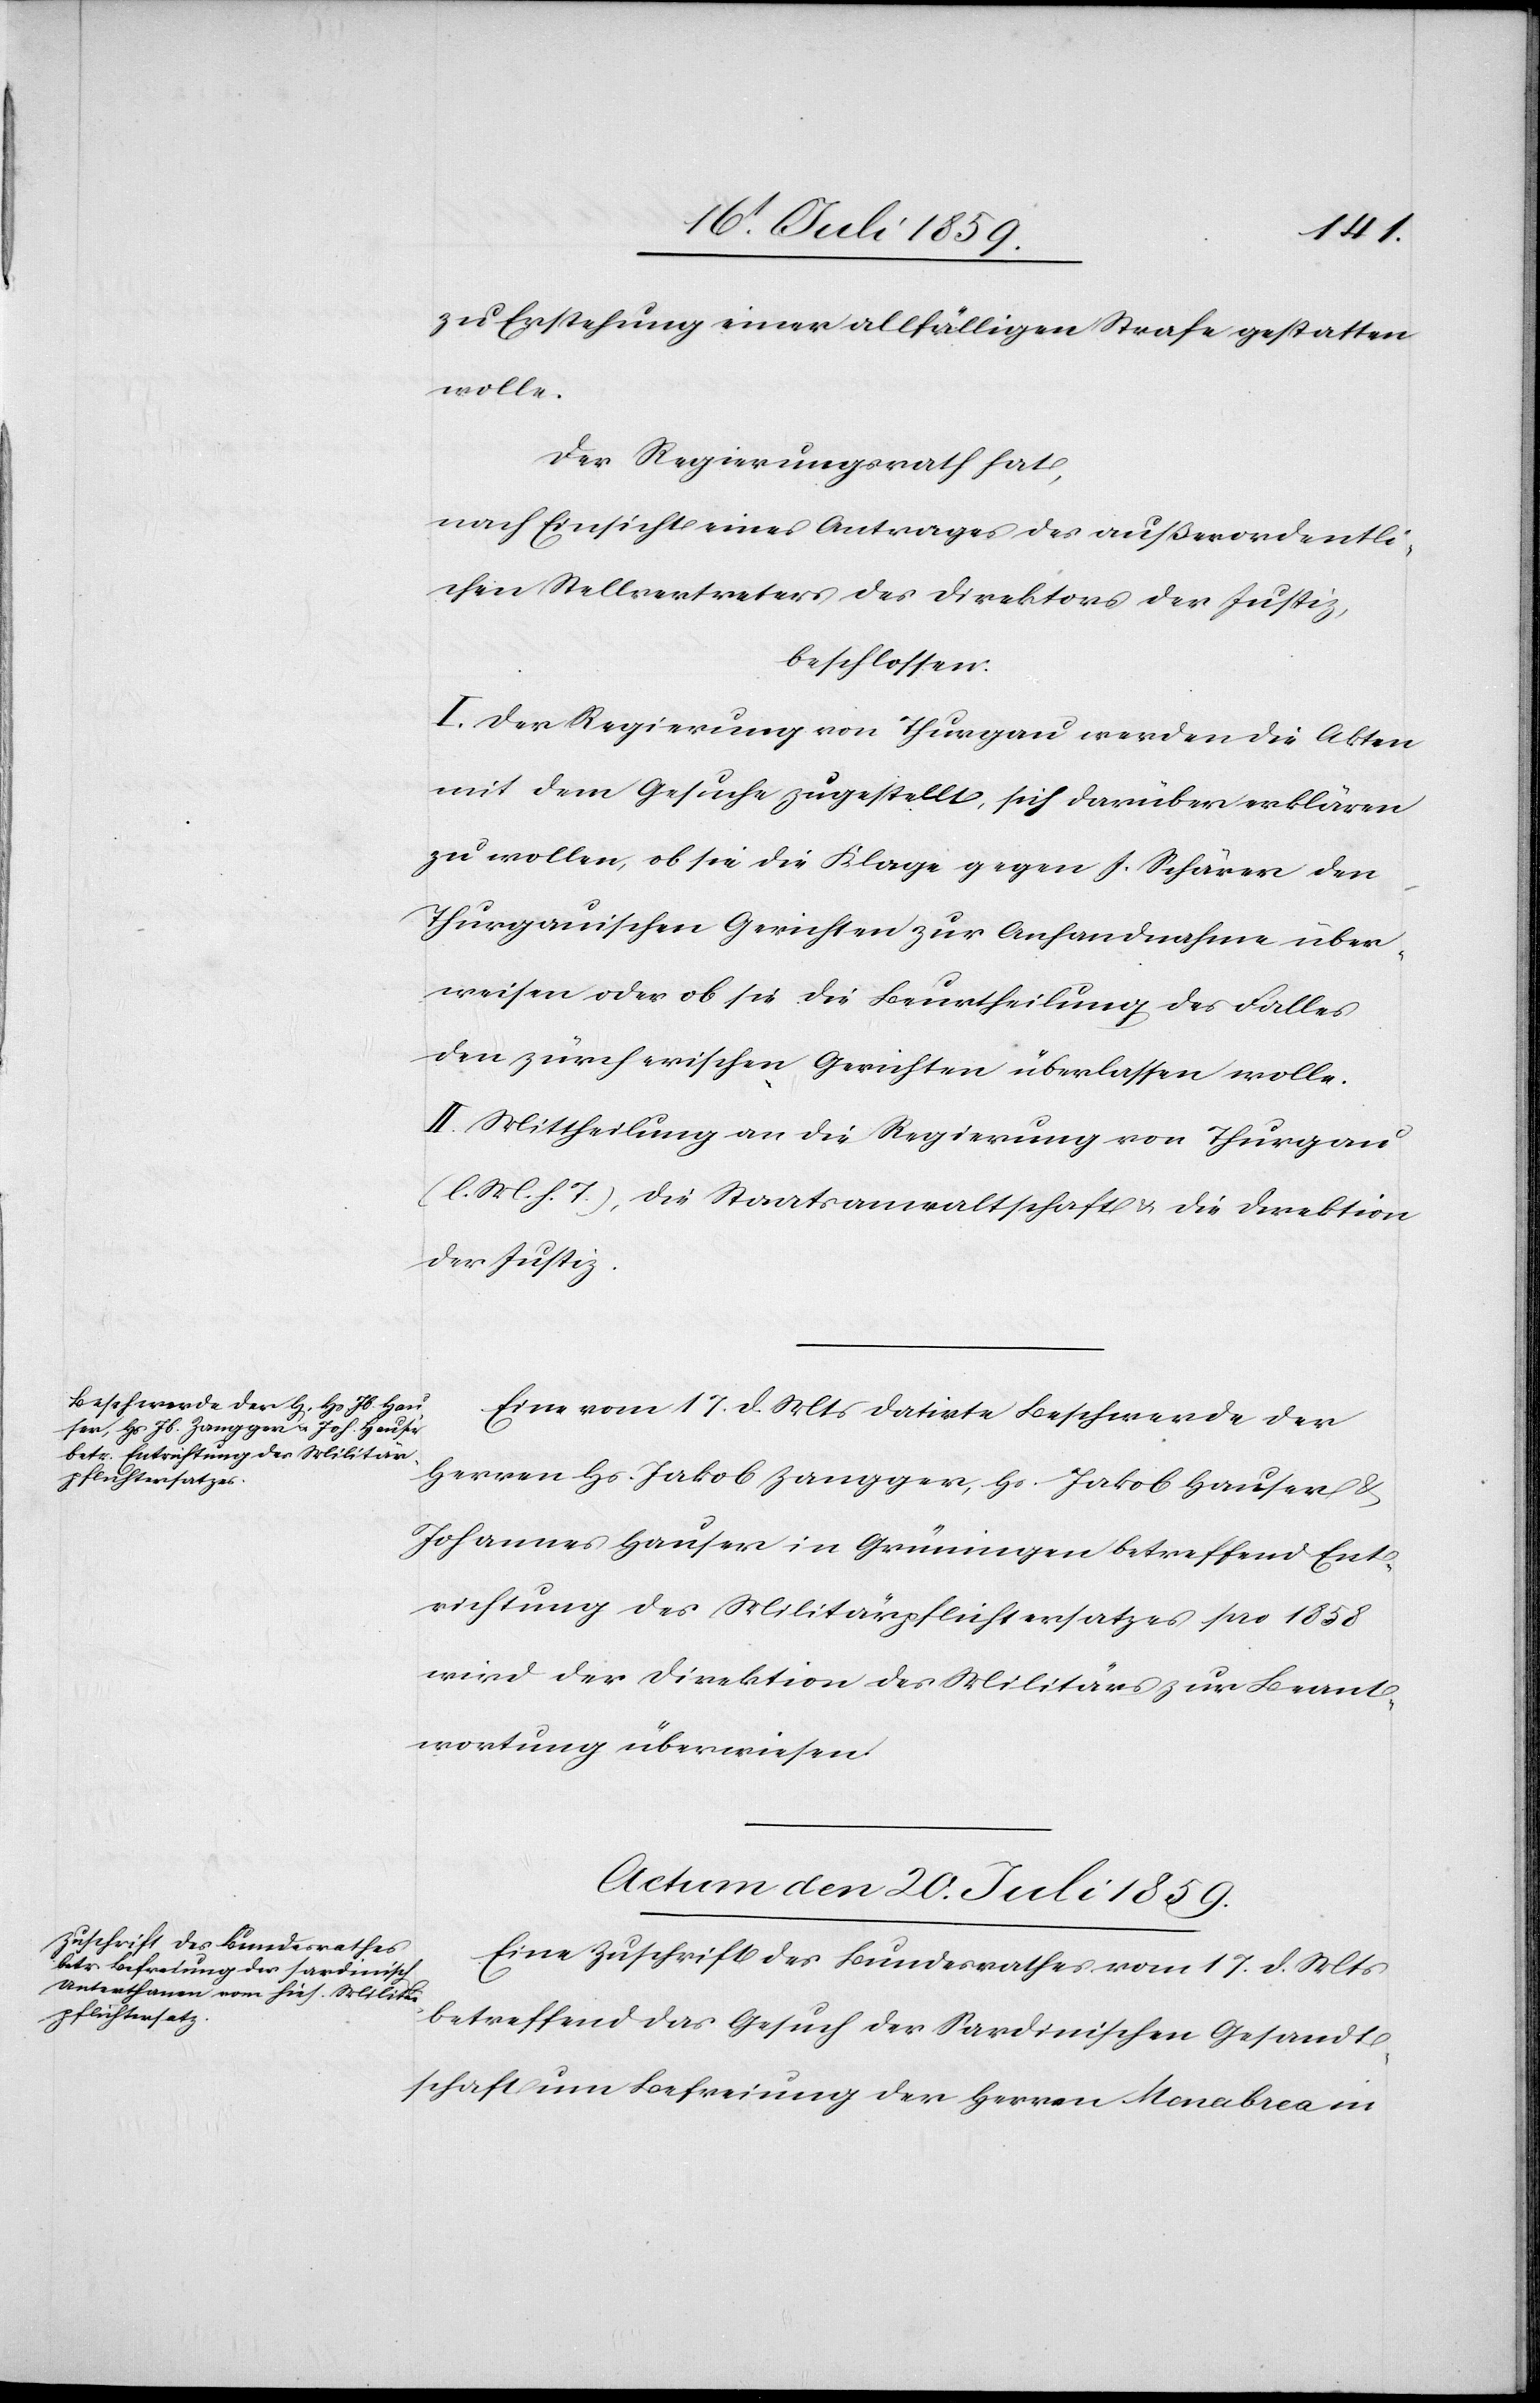
zu Erstehung einer allfälligen Strafe gestatten
wolle.
Der Regierungsrath hat,
nach Einsicht eines Antrages des außerordentli¬
chen Stellvertreters der Direktion der Justiz,
beschlossen:
I. Der Regierung von Thurgau werden die Akten
mit dem Gesuche zugestellt, sich darüber erklären
zu wollen, ob sie die Klage gegen J. Schärer den
Thurgauischen Gerichten zur Anhandnahme über¬
weisen oder ob sie die Beurtheilung des Falles
den zürcherischen Gerichten überlassen wolle.
II. Mittheilung an die Regierung von Thurgau
(l. M. h. T.), die Staatsanwaltschaft u. die Direktion
der Justiz.
Eine vom 17. d. Mts. datirte Beschwerde der
Herren Hs. Jakob Zangger, Hs. Jakob Hauser
Johannes Hauser in Grüningen betreffend Ent¬
richtung des Militärpflichtersatzes pro 1858
wird der Direktion des Militärs zur Beant¬
wortung überwiesen.
Actum den 20. Juli 1859.
Eine Zuschrift des Bundesrathes vom 17. d. Mts.
betreffend das Gesuch der Sardinischen Gesandt¬
schaft um Befreiung der Herrn Monabrea in